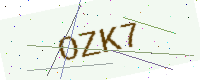
Text: OZK7